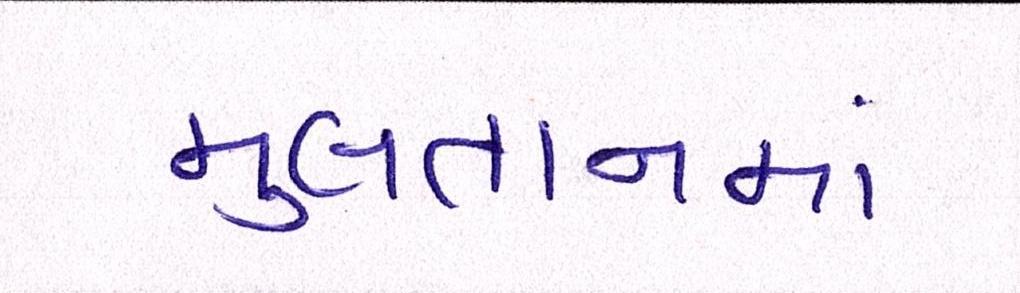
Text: મુલતાનમાં